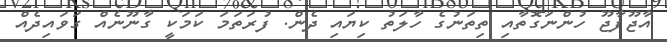
އާޖޫފާޖޫ ހުންނަގޮތާއި ތިތަނުގެ ހާލަތު ކިޔައި ދެން. ފުރަތަމަ ކަމަކީ ގާނޫނެއް ގަވައިދެއް